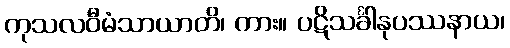
ကုသလဝီမံသာယာတိ၊ ကား။ ပဋိသင်္ခါနုပဿနာယ၊